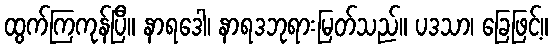
ထွက်ကြကုန်ပြီ။ နာရဒေါ၊ နာရဒဘုရားမြတ်သည်။ ပဒသာ၊ ခြေဖြင့်။